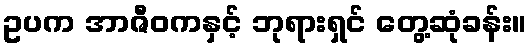
ဥပက အာဇီဝကနှင့် ဘုရားရှင် တွေ့ဆုံခန်း။